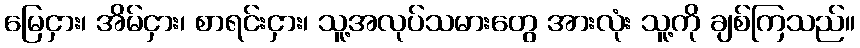
မြေငှား၊ အိမ်ငှား၊ စာရင်းငှား၊ သူ့အလုပ်သမားတွေ အားလုံး သူ့ကို ချစ်ကြသည်။